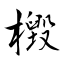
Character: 檓